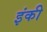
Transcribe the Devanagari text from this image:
इंकी